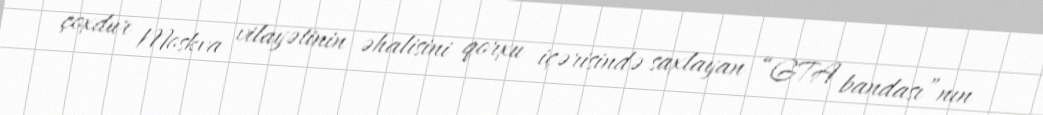
çoxdur Moskva vilayətinin əhalisini qorxu içərisində saxlayan “GTA bandası”nın